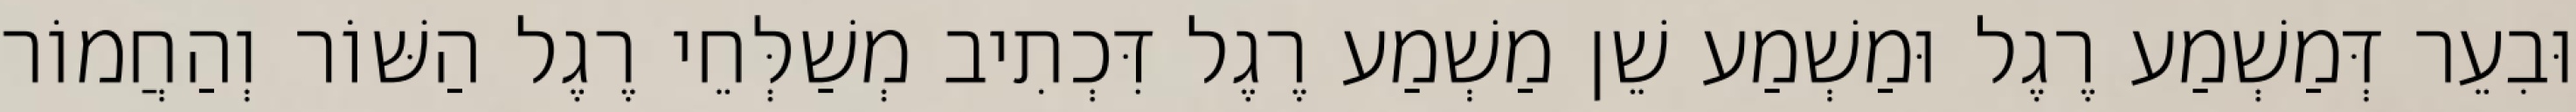
וּבִעֵר דְּמַשְׁמַע רֶגֶל וּמַשְׁמַע שֵׁן מַשְׁמַע רֶגֶל דִּכְתִיב מְשַׁלְּחֵי רֶגֶל הַשּׁוֹר וְהַחֲמוֹר